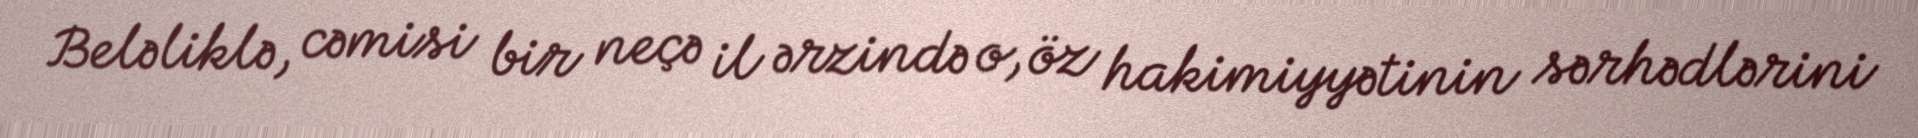
Beləliklə, cəmisi bir neçə il ərzində o, öz hakimiyyətinin sərhədlərini